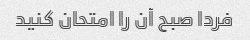
فردا صبح آن را امتحان کنید